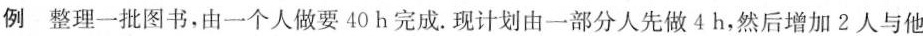
例 整理一批图书，由一个人做要40h完成. 现计划由一部分人先做4h，然后增加2人与他